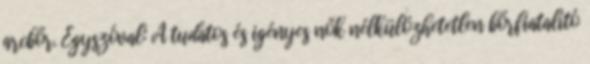
arcbőr. Egyszóval: A tudatos és igényes nők nélkülözhetetlen bőrfiatalító